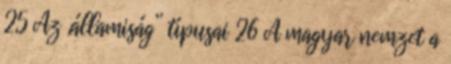
25 Az „államiság” típusai 26 A magyar nemzet a